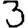
Digit: 3